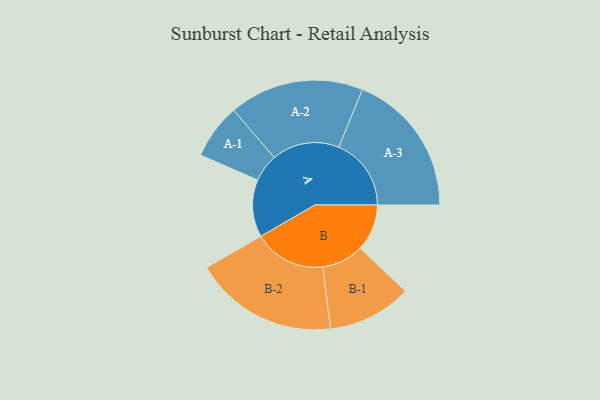
{"axis": {"x": "Segment", "y": "Value"}, "legend": ["", "A", "B"], "data": [{"x": "A", "y": 216, "type": ""}, {"x": "B", "y": 176, "type": ""}, {"x": "A-1", "y": 104, "type": "A"}, {"x": "A-2", "y": 254, "type": "A"}, {"x": "A-3", "y": 273, "type": "A"}, {"x": "B-1", "y": 158, "type": "B"}, {"x": "B-2", "y": 271, "type": "B"}]}